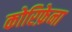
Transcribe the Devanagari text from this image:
कोरिफ़ेना